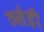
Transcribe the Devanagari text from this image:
ठसेही